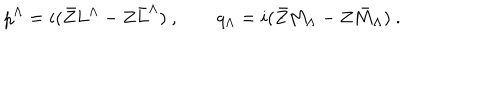
LaTeX: p ^ { \Lambda } = i ( \bar { Z } L ^ { \Lambda } - Z \bar { L } ^ { \Lambda } ) \ , \qquad q _ { \Lambda } = i ( \bar { Z } M _ { \Lambda } - Z \bar { M } _ { \Lambda } ) \ .